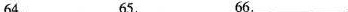
64.___65.___66.___